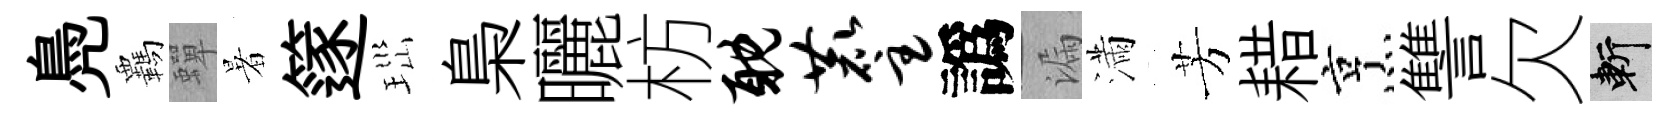
鳧覊蟬暑篴𤤼梟曬枋耽麈譌漏滿芳耤烹讐欠斬